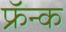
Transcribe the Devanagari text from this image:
फ्रॅन्क